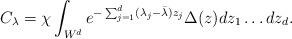
LaTeX: \begin{align*}C_{\lambda} & = \chi \int_{W^d} e^{-\sum_{j=1}^d (\lambda_j - \bar{\lambda} )z_j} \Delta(z) dz_1 \ldots dz_d. \end{align*}